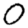
Digit: 0